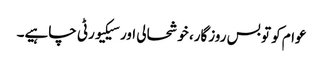
عوام کو تو بس روزگار، خوشحالی اور سیکیورٹی چاہیے۔